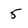
Character: 5